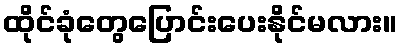
ထိုင်ခုံတွေပြောင်းပေးနိုင်မလား။